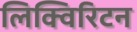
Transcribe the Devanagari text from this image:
लिक्विरिटन